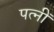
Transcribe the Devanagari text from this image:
पत्नीं